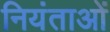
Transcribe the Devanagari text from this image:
नियंताओं